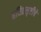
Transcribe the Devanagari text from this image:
हरितसृष्टीचे